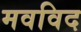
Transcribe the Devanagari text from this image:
मवविद